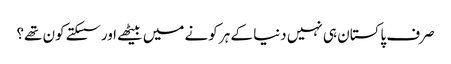
صرف پاکستان ہی نہیں دنیا کے ہر کونے میں بیٹھے اور سسکتے کون تھے؟